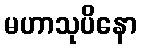
မဟာသုပိနော